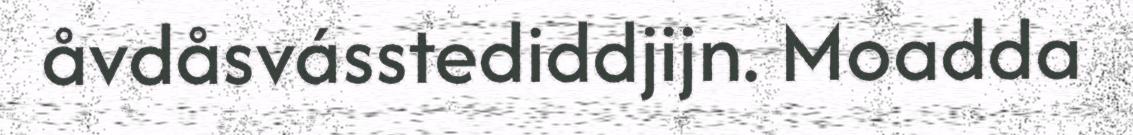
åvdåsvásstediddjijn. Moadda